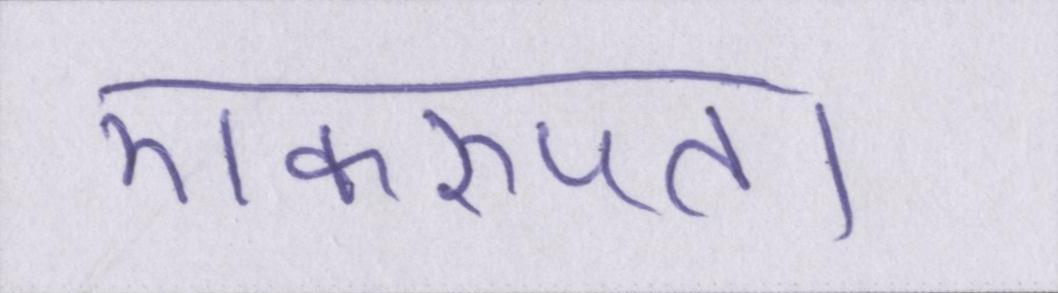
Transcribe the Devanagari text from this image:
एकरूपता